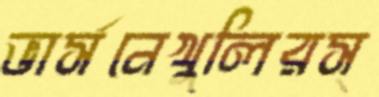
ভার্সনেখুলিরস্